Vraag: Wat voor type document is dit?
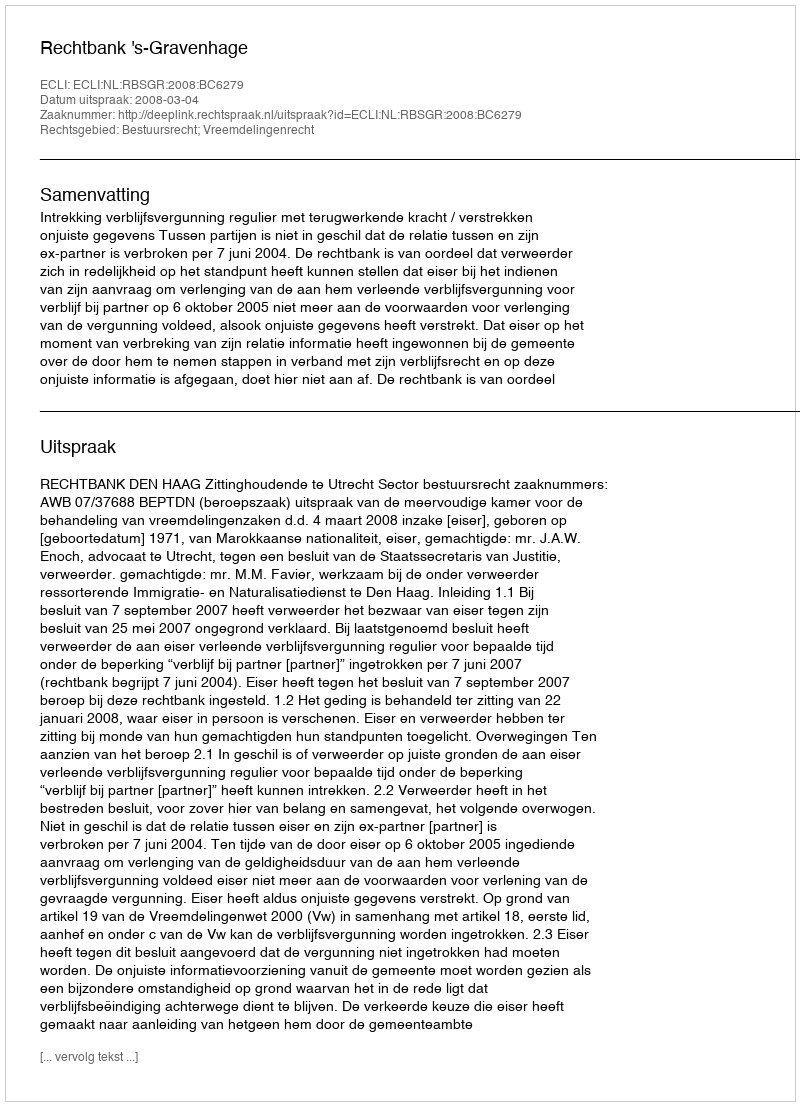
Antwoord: Uitspraak